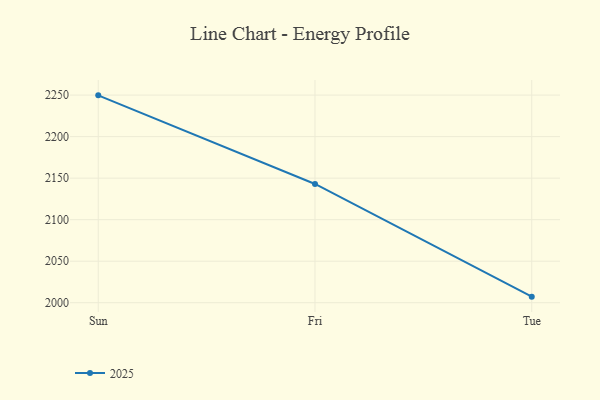
{"axis": {"x": "Day", "y": "Shipments"}, "legend": ["2025"], "data": [{"x": "Sun", "y": 2249.7, "type": "2025"}, {"x": "Fri", "y": 2143.0, "type": "2025"}, {"x": "Tue", "y": 2007.3, "type": "2025"}]}